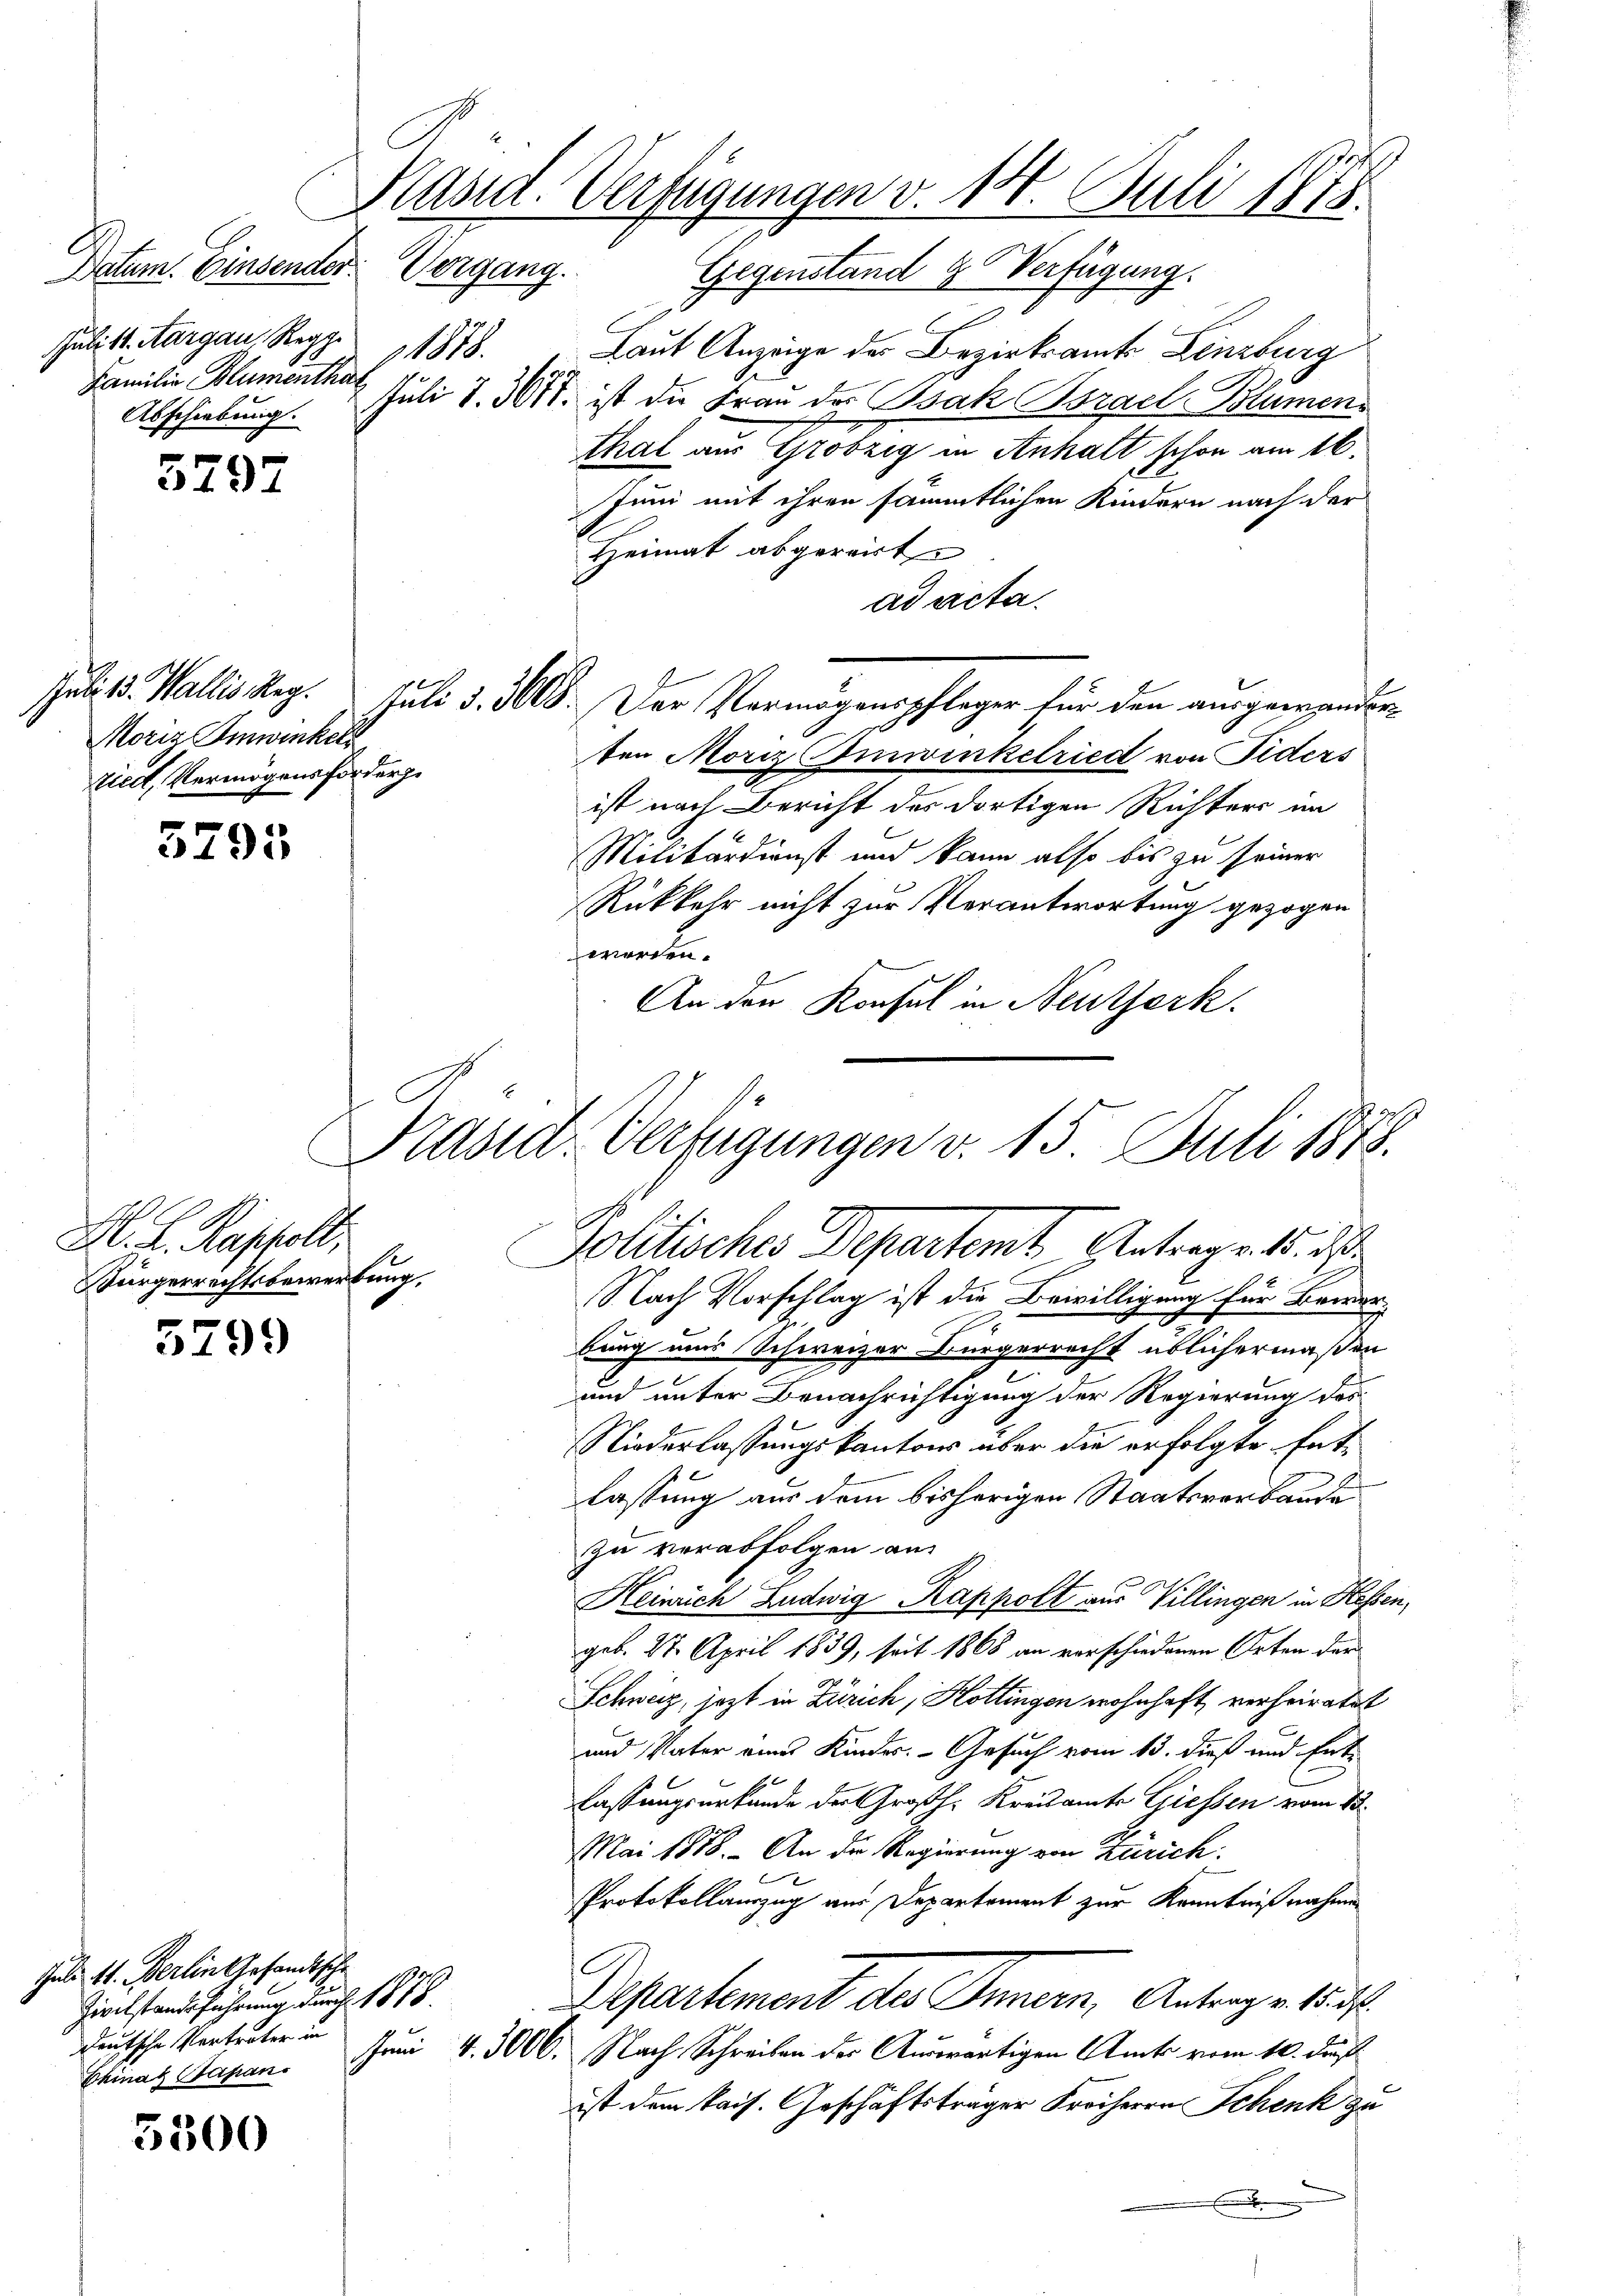
Datum. Einsender.
Julitt. Aargau, Regg.
1878.
Familie Blumenthal
Abschiebung.

5797

Moriz Amwinkel
riedt, Vermögensforderge

5795

H. L. Kasselt.
Bürgerrechtsbewerbung.

5799

Jul. 11. Berlin gesandtsch
Zivilstandsführung durch 1878
deutsche Verträter in

5500

Präsid. Verfügungen v. 14. Juli 1878

Vergang. Gegenstand Verfügung.
Laut Anzeige der Bezirksamt Lenzburg
Juli S. 301. ist die Frau der Bsak Bsrael-Blumen
thal aus Grobzig in Anhalt schon am 16.
Juni mit ihren sämmtlichen Kindern nach der
Heimat abgereist
ad acta.
Juli 13. Wallis Reg. Juli d. 360. Der Vermögenspfleger für den ausgewanderten Moriz Emwinkelried von Fiders
ist nach Bericht des dortigen Richters im
Militärdienst und kann also bis zu seiner
Rückkehr nicht zur Verantwortung gezogen
werden.
An den Konsul in Neutserk.
Präsidt-Verfügungen v. 15. Juli 1878.

Politisches Departemt Antrags 15. d

Nach Vorschlag ist die Bewilligung für Bewerbung uns Schweizer Bürgerrecht üblichermaßen
c
und unter Benachrichtigung der Regierung des
Niederlassungskantons über die erfolgte Entlassung aus dem bisherigen Staatsverbaude
zu verabfolgen an
Heinrich Ludwig Rappolt aus Villingen in Hessen,
geb. 27. April 1839, seit 1868 an vorschiedenen Orten der
Schweiz, jezt in Zürich, Hottingen wohnhaft verheiratet
und Vater eines Kinder. - Gesuch vom 13. dieß und Entfassungsurkunde der Großh. Kreisamte Giessen vom 13.
Mai 1888. - An die Regierung von Zürich.
7
Protokollauszug aus Departement zur Kenntnißnahmen
Departement des Innern, Antrage 1837.
China Sapan. Juni 4. 3000. Nach Schreiben der Auswärtigen Amts vom 10. du
ist dem kais. Geschäftsträger Freiherrn Schenk zu